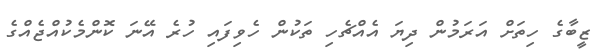
ޒީބާގެ ހިތަށް އަރަމުން ދިޔަ އެއްޗެހި ތަކުން ހެވިފައި ހުރެ އޭނަ ކޮންމެކުއްޖެއްގެ